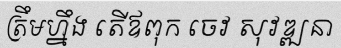
ត្រឹមហ្នឹង តើឪពុក ចេវ សុវឌ្ឍនា